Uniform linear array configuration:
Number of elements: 16
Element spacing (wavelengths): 1
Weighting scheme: blackman
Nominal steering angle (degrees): -30
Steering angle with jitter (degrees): -28.393
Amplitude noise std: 0.05
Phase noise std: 0.05

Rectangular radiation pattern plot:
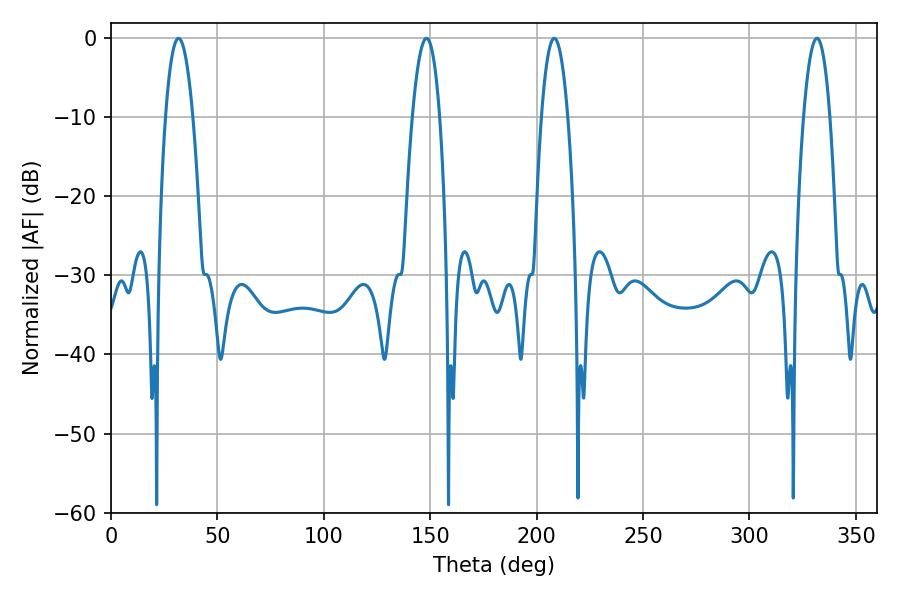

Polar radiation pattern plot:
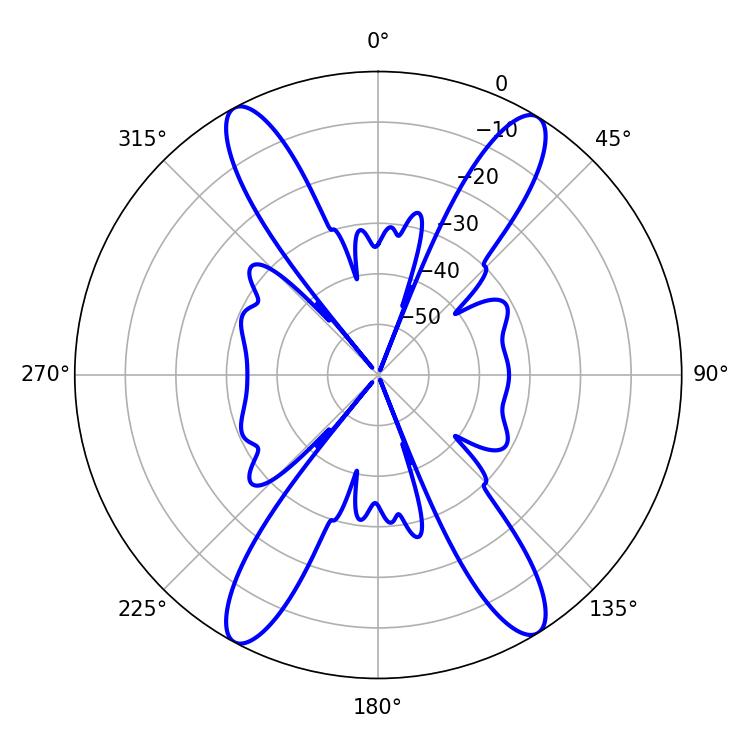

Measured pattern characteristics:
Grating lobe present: TRUE
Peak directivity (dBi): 20.376
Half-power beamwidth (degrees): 6.84
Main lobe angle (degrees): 208.26